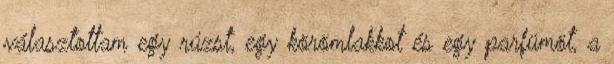
választottam egy rúzst, egy körömlakkot és egy parfümöt, a